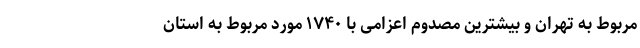
مربوط به تهران و بیشترین مصدوم اعزامی با ۱۷۴۰ مورد مربوط به استان